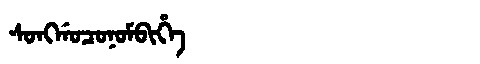
Manchu: ᠰᠣᠩᡤᠣᠴᠣᠨᠣᠮᠪᡳᡥᡝ
Romanization: SONGGOCONOMBIHE